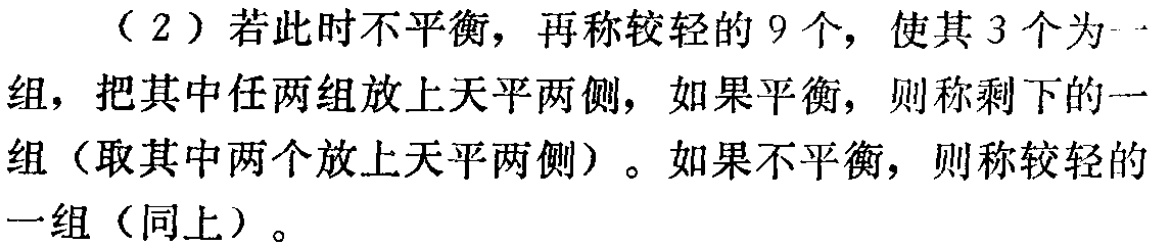
（2）若此时不平衡，再称较轻的 9 个，使其 3 个为一组，把其中任两组放上天平两侧，如果平衡，则称剩下的一组（取其中两个放上天平两侧）。如果不平衡，则称较轻的一组（同上）。